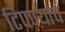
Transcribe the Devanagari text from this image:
टिपण्याचं